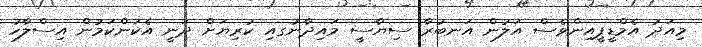
މިއަދު އެމްޑީޕީއިންވެސް އަލުން އަނބުރާ ސިޔާސީ މައިދާނުގއި ކުރިޔަށް ދަނީ އެކަންކަމުން އިސްލާހު